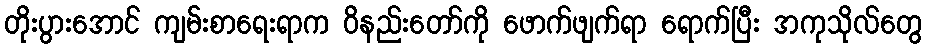
တိုးပွားအောင် ကျမ်းစာရေးရာက ဝိနည်းတော်ကို ဖောက်ဖျက်ရာ ရောက်ပြီး အကုသိုလ်တွေ